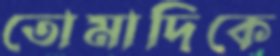
তোমাদিকে